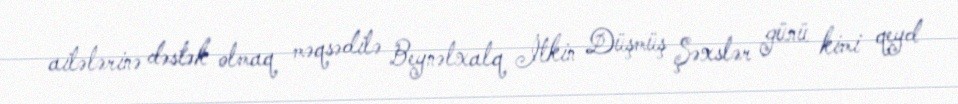
ailələrinə dəstək olmaq məqsədilə Beynəlxalq İtkin Düşmüş Şəxslər günü kimi qeyd